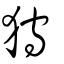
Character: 狩